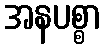
အနပစ္စာ